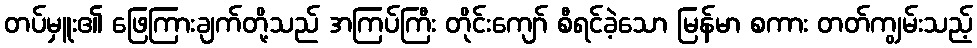
တပ်မှူး၏ ဖြေကြားချက်တို့သည် အကြပ်ကြီး တိုင်းကျော် စီရင်ခဲ့သော မြန်မာ စကား တတ်ကျွမ်းသည့်